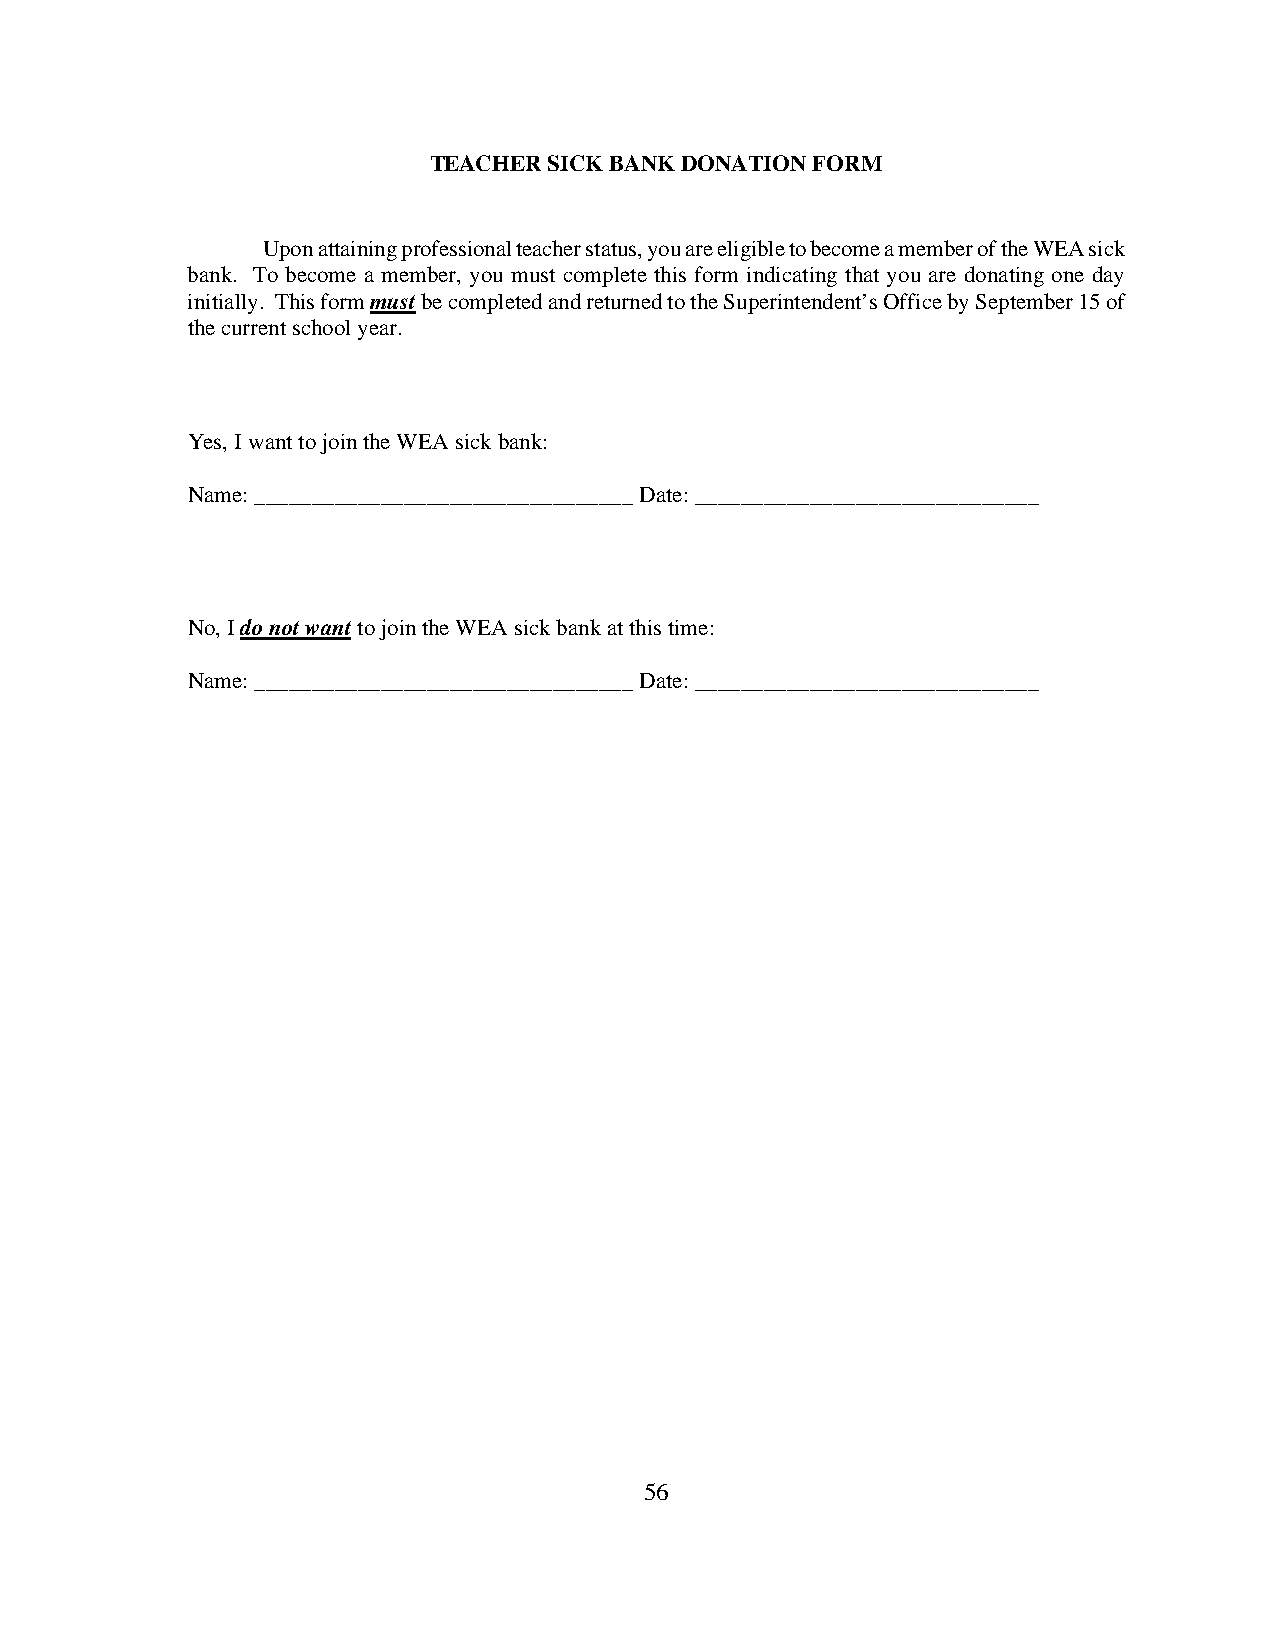
TEACHER SICK BANK DONATION FORM
 Upon attaining professional teacher status, you are eligible to become a member of the WEA sick
 bank. To become a member, you must complete this form indicating that you are donating one day
 initially. This form must be completed and returned to the Superintendent’s Office by September 15 of
 the current school year.
 Yes, I want to join the WEA sick bank:
 Name: _________________________________ Date: ______________________________
 No, I do not want to join the WEA sick bank at this time:
 Name: _________________________________ Date: ______________________________
 56